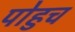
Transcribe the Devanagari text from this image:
पोहुच